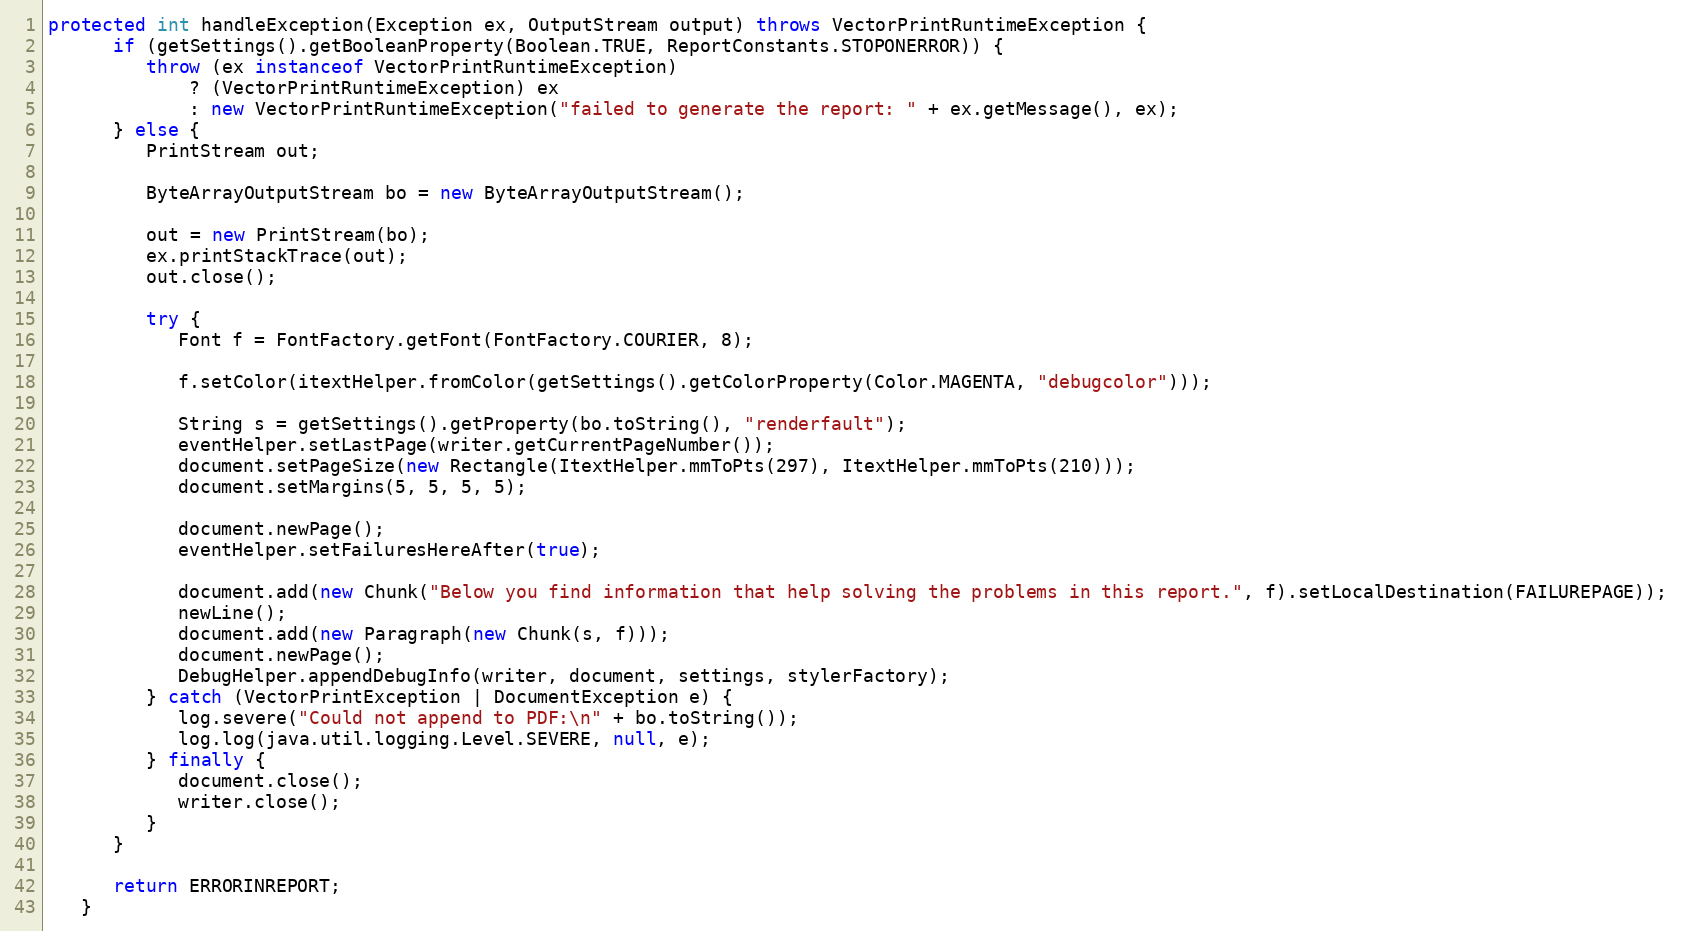
Language: Java
protected int handleException(Exception ex, OutputStream output) throws VectorPrintRuntimeException {
      if (getSettings().getBooleanProperty(Boolean.TRUE, ReportConstants.STOPONERROR)) {
         throw (ex instanceof VectorPrintRuntimeException)
             ? (VectorPrintRuntimeException) ex
             : new VectorPrintRuntimeException("failed to generate the report: " + ex.getMessage(), ex);
      } else {
         PrintStream out;

         ByteArrayOutputStream bo = new ByteArrayOutputStream();

         out = new PrintStream(bo);
         ex.printStackTrace(out);
         out.close();

         try {
            Font f = FontFactory.getFont(FontFactory.COURIER, 8);

            f.setColor(itextHelper.fromColor(getSettings().getColorProperty(Color.MAGENTA, "debugcolor")));

            String s = getSettings().getProperty(bo.toString(), "renderfault");
            eventHelper.setLastPage(writer.getCurrentPageNumber());
            document.setPageSize(new Rectangle(ItextHelper.mmToPts(297), ItextHelper.mmToPts(210)));
            document.setMargins(5, 5, 5, 5);

            document.newPage();
            eventHelper.setFailuresHereAfter(true);

            document.add(new Chunk("Below you find information that help solving the problems in this report.", f).setLocalDestination(FAILUREPAGE));
            newLine();
            document.add(new Paragraph(new Chunk(s, f)));
            document.newPage();
            DebugHelper.appendDebugInfo(writer, document, settings, stylerFactory);
         } catch (VectorPrintException | DocumentException e) {
            log.severe("Could not append to PDF:\n" + bo.toString());
            log.log(java.util.logging.Level.SEVERE, null, e);
         } finally {
            document.close();
            writer.close();
         }
      }

      return ERRORINREPORT;
   }